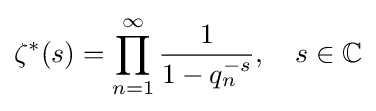
\zeta ^{*}(s)=\prod _{n=1}^{\infty }{\frac {1}{1-q_{n}^{-s}}},\quad s\in \mathbb {C}